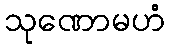
သုဏောမဟံ